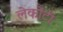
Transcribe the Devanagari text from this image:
लेकोंटी